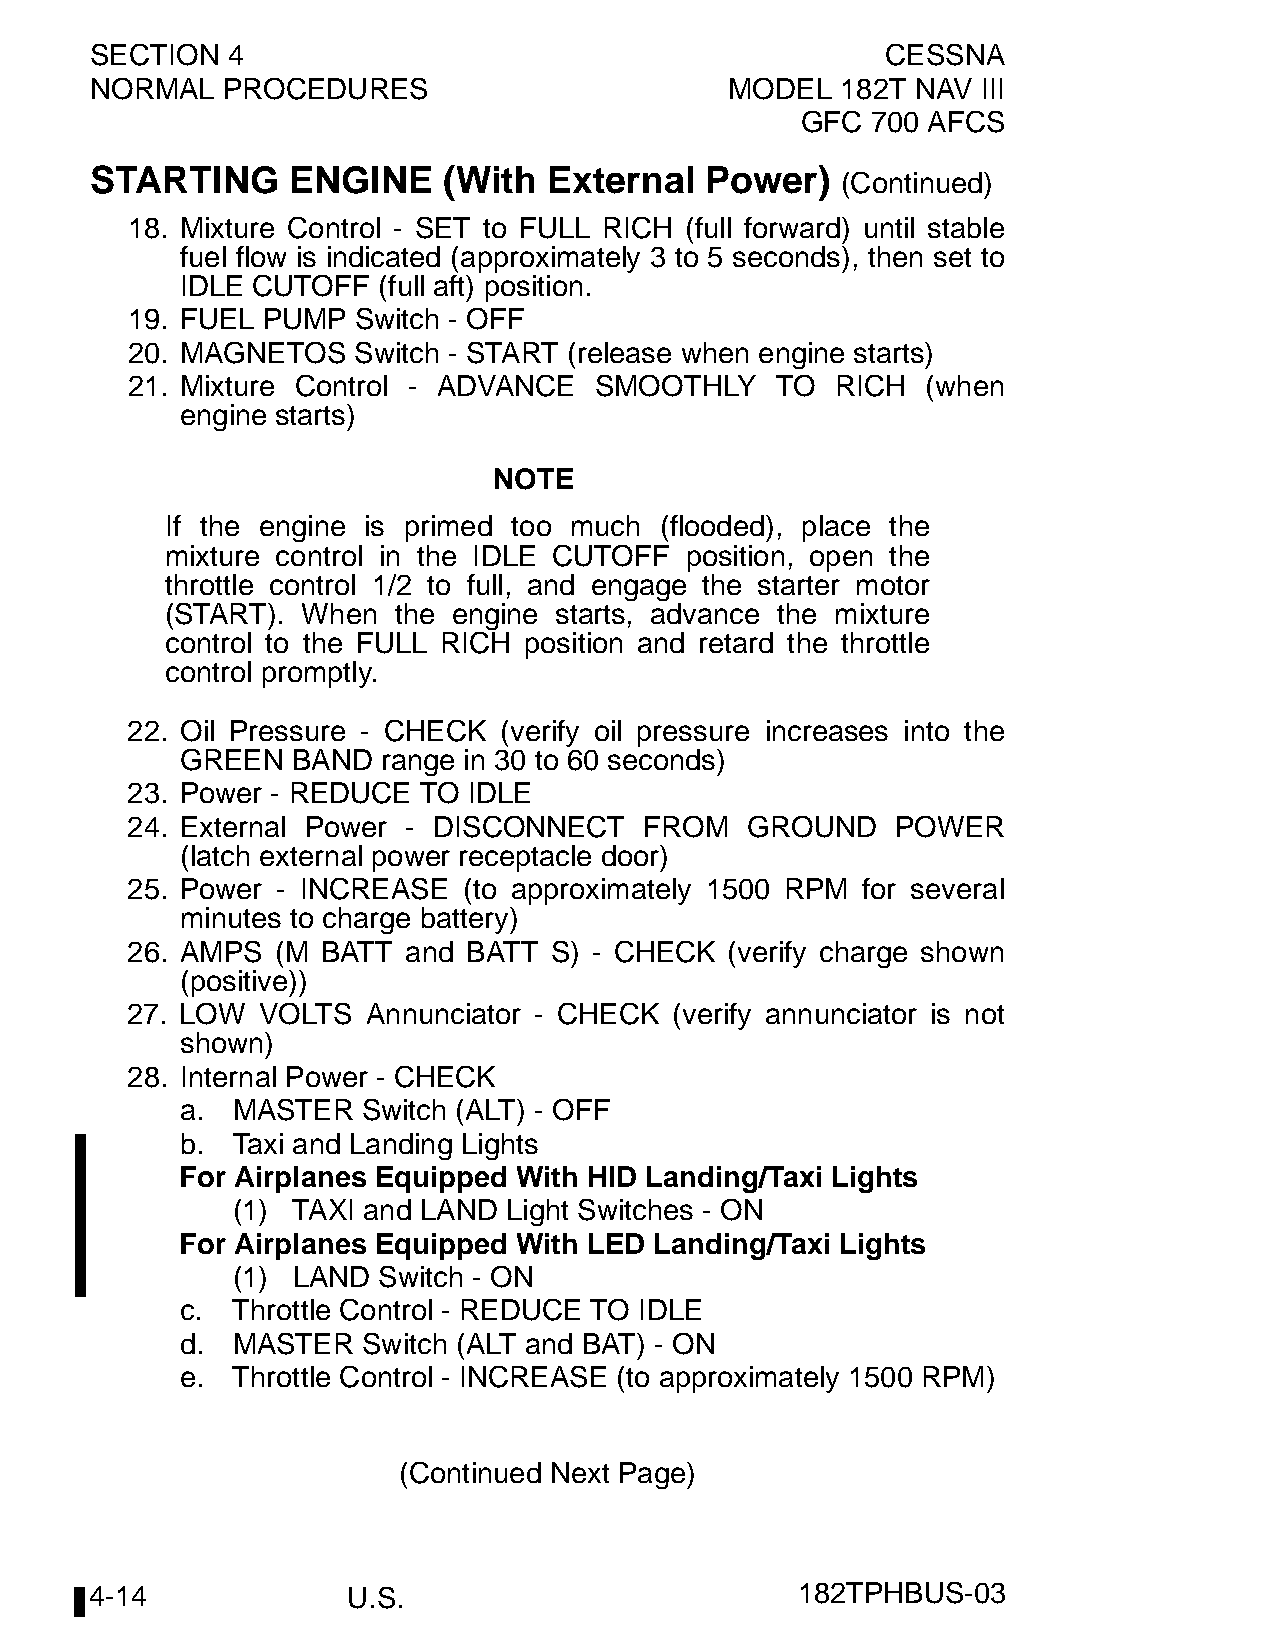
SECTION  4                                           CESSNA
 NORMAL   PROCEDURES                       MODEL   182T NAV III
 GFC  700 AFCS
 STARTING     ENGINE    (With  External   Power)
 (Continued)
 18. Mixture Control - SET to FULL RICH (full forward) until stable
 fuel flow is indicated (approximately 3 to 5 seconds), then set to
 IDLE CUTOFF  (full aft) position.
 19. FUEL PUMP  Switch - OFF
 20. MAGNETOS   Switch - START (release when engine starts)
 21. Mixture Control - ADVANCE  SMOOTHLY    TO  RICH  (when
 engine starts)
 NOTE
 If the engine is primed too much (flooded), place the
 mixture control in the IDLE CUTOFF position, open the
 throttle control 1/2 to full, and engage the starter motor
 (START). When  the engine starts, advance the mixture
 control to the FULL RICH position and retard the throttle
 control promptly.
 22. Oil Pressure - CHECK (verify oil pressure increases into the
 GREEN  BAND  range in 30 to 60 seconds)
 23. Power - REDUCE  TO IDLE
 24. External Power - DISCONNECT    FROM  GROUND    POWER
 (latch external power receptacle door)
 25. Power - INCREASE   (to approximately 1500 RPM for several
 minutes to charge battery)
 26. AMPS  (M BATT  and BATT S) - CHECK  (verify charge shown
 (positive))
 27. LOW  VOLTS  Annunciator - CHECK  (verify annunciator is not
 shown)
 28. Internal Power - CHECK
 a. MASTER   Switch (ALT) - OFF
 b. Taxi and Landing Lights
 For Airplanes Equipped With HID Landing/Taxi Lights
 (1) TAXI and LAND Light Switches - ON
 For Airplanes Equipped With LED Landing/Taxi Lights
 (1) LAND  Switch - ON
 c. Throttle Control - REDUCE TO IDLE
 d. MASTER   Switch (ALT and BAT) - ON
 e. Throttle Control - INCREASE (to approximately 1500 RPM)
 (Continued Next Page)
 4-14             U.S.                          182TPHBUS-03